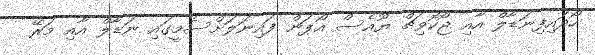
ހޯދައިފިނަޑާލް އާއި ޖޯކޮވިޗް ޔޫއެސް އޯޕަން ފައިނަލަށްސެމީގައި ނަޑާލް އާއި މަރޭ